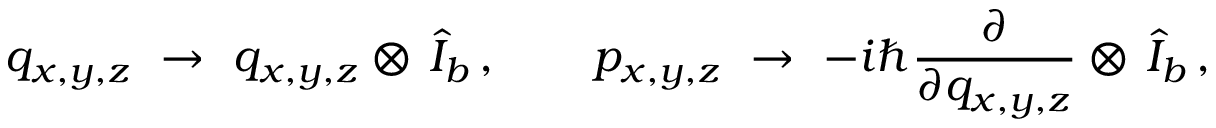
q _ { x , y , z } ~ \to ~ q _ { x , y , z } \otimes \, \hat { I } _ { b } \, , \qquad p _ { x , y , z } ~ \to ~ - i \hbar \frac { \partial } { \partial q _ { x , y , z } } \otimes \, \hat { I } _ { b } \, ,